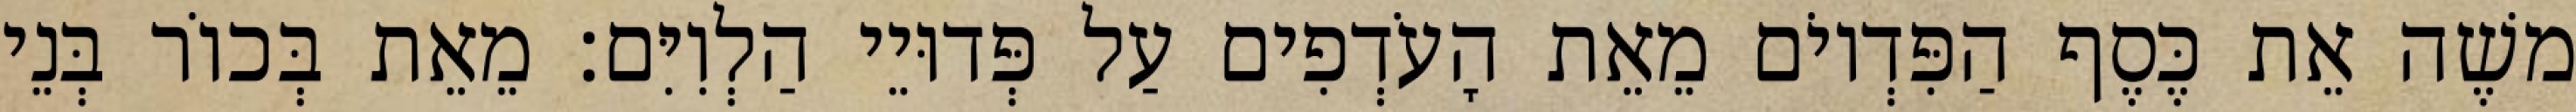
משֶׁה אֵת כֶּסֶף הַפִּדְיוֹם מֵאֵת הָעֹדְפִים עַל פְּדוּיֵי הַלְוִיִּם׃ מֵאֵת בְּכוֹר בְּנֵי